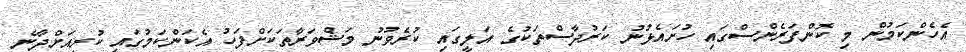
އެހެންކަމުން މި ކޮންފަރެންސްގައި ހުށައެޅުނު ކަރުދާސްތަކުގެ އަލީގައި ކުރެވުނު މަޝްވަރާތަކަށްފަހު އެކަންކަމުގައި ކުރިއަށްދާނެ